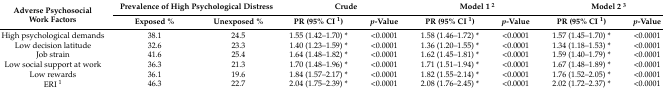
<table><thead><tr><td rowspan="2"><b>Adverse Psychosocial Work Factors</b></td><td colspan="2"><b>Prevalence of High Psychological Distress</b></td><td colspan="2"><b>Crude</b></td><td colspan="2"><b>Model 1 <sup>2</sup></b></td><td colspan="2"><b>Model 2 <sup>3</sup></b></td></tr><tr><td><b>Exposed %</b></td><td><b>Unexposed %</b></td><td><b>PR (95% CI <sup>1</sup>)</b></td><td><b><i>p</i>-Value</b></td><td><b>PR (95% CI <sup>1</sup>)</b></td><td><b><i>p</i>-Value</b></td><td><b>PR (95% CI <sup>1</sup>)</b></td><td><b><i>p</i>-Value</b></td></tr></thead><tbody><tr><td>High psychological demands</td><td>38.1</td><td>24.5</td><td>1.55 (1.42–1.70) *</td><td>&lt;0.0001</td><td>1.58 (1.46–1.72) *</td><td>&lt;0.0001</td><td>1.57 (1.45–1.70) *</td><td>&lt;0.0001</td></tr><tr><td>Low decision latitude</td><td>32.6</td><td>23.3</td><td>1.40 (1.23–1.59) *</td><td>&lt;0.0001</td><td>1.36 (1.20–1.55) *</td><td>&lt;0.0001</td><td>1.34 (1.18–1.53) *</td><td>&lt;0.0001</td></tr><tr><td>Job strain</td><td>41.6</td><td>25.4</td><td>1.64 (1.48–1.82) *</td><td>&lt;0.0001</td><td>1.62 (1.45–1.81) *</td><td>&lt;0.0001</td><td>1.59 (1.40–1.79) *</td><td>&lt;0.0001</td></tr><tr><td>Low social support at work</td><td>36.3</td><td>21.3</td><td>1.70 (1.48–1.96) *</td><td>&lt;0.0001</td><td>1.71 (1.51–1.94) *</td><td>&lt;0.0001</td><td>1.67 (1.48–1.89) *</td><td>&lt;0.0001</td></tr><tr><td>Low rewards</td><td>36.1</td><td>19.6</td><td>1.84 (1.57–2.17) *</td><td>&lt;0.0001</td><td>1.82 (1.55–2.14) *</td><td>&lt;0.0001</td><td>1.76 (1.52–2.05) *</td><td>&lt;0.0001</td></tr><tr><td>ERI <sup>1</sup></td><td>46.3</td><td>22.7</td><td>2.04 (1.75–2.39) *</td><td>&lt;0.0001</td><td>2.08 (1.76–2.45) *</td><td>&lt;0.0001</td><td>2.02 (1.72–2.37) *</td><td>&lt;0.0001</td></tr></tbody></table>